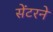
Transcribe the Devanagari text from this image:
सेंटरने